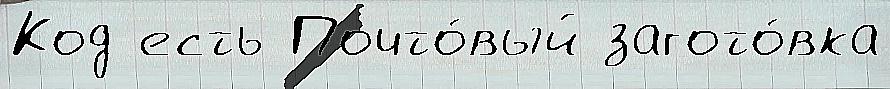
Код есть Почто́вый загото́вка